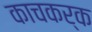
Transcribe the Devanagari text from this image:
काचकर्क